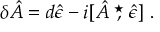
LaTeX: \delta \hat { A } = d \hat { \epsilon } - i [ \hat { A } \stackrel { \star } { , } \hat { \epsilon } ] ~ .